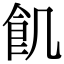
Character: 飢